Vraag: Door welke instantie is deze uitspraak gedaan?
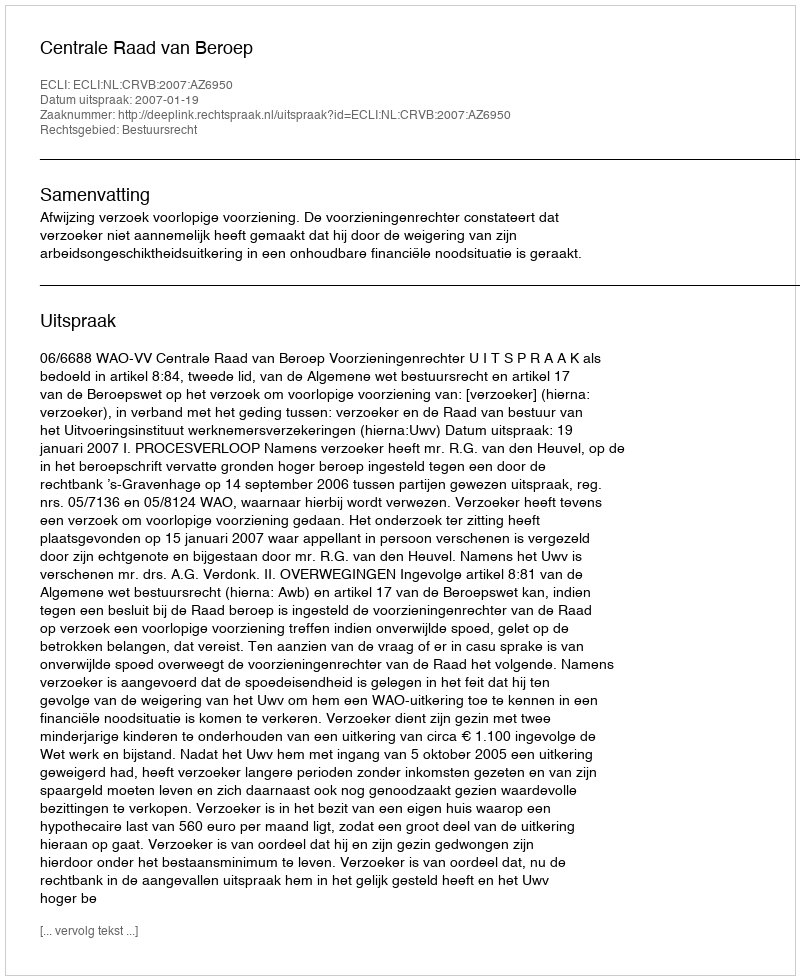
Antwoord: Centrale Raad van Beroep